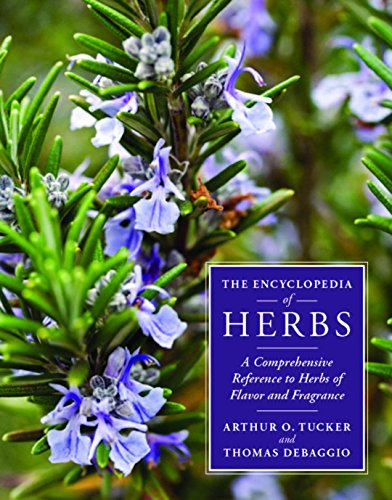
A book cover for The Encyclopedia of Herbs: A Comprehensive Reference to Herbs of Flavor and Fragrance; Thomas DeBaggio; Crafts, Hobbies & Home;